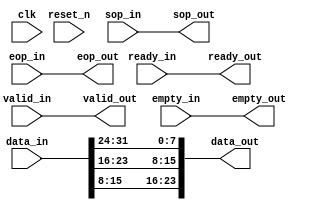
// (C) 2001-2015 Altera Corporation. All rights reserved.
// Your use of Altera Corporation's design tools, logic functions and other 
// software and tools, and its AMPP partner logic functions, and any output 
// files any of the foregoing (including device programming or simulation 
// files), and any associated documentation or information are expressly subject 
// to the terms and conditions of the Altera Program License Subscription 
// Agreement, Altera MegaCore Function License Agreement, or other applicable 
// license agreement, including, without limitation, that your use is for the 
// sole purpose of programming logic devices manufactured by Altera and sold by 
// Altera or its authorized distributors.  Please refer to the applicable 
// agreement for further details.



// Do NOT use this file in any product.
// ***********************************
// This file is NOT Suitable for use in any product.
// No part of this file is Suitable for use in any product.

// This file is only provided for you to read because there is some possibility that 
// it may improve your understanding of the Cyclone 5 starter kit.

// This file is provided on CONDITION that the authors shall NOT be liable for the 
// consequences of your use of any part of it.
// Do NOT use this file in any product.
// If you do not agree then delete all copies of this file in your possession.
// ALL copies or Modified copies of this file MUST contain these warnings & conditions.


// Do NOT use this file in any product.
// ***********************************



////////////////////////////////////////////////////////////////
//
// Video Pixel Converter
//     (Pixel_Conv.v)
//
// THIS is a Special YCbCr Version of the original Pixel Converter by wwkong
//
//
// OVERVIEW
//     This core converts 32-bit data in the format of Cb-Y-Cr-0 to 24-bit data
//     of format Cr-Y-Cb by discarding the Least Significant Byte (LSB)
//     AND
//     SWAPPING the RED & BLUE Bytes
//
// DEPLOYMENT
//     This core is implemented as an SOPC Builder component with a
//     single Avalon-ST data-sink (input) and Avalon-ST data-source
//     (output) signals. An associated TCL Metadata file declares this
//     core and  its interfaces for use in an SOPC Builder system.
//                           
////////////////////////////////////////////////////////////////

module Pixel_Conv
(
  // Global Signals
  clk,
  reset_n,

  // Avalon ST sink
  ready_out,
  valid_in,
  data_in,
  sop_in,
  eop_in,
  empty_in,

  // Avalon ST source
  ready_in,
  valid_out,
  data_out,
  sop_out,
  eop_out,
  empty_out
);

  parameter	SOURCE_SYMBOLS_PER_BEAT = 3;
  localparam 	SOURCE_EMPTY_WIDTH = (log2(SOURCE_SYMBOLS_PER_BEAT));
  // Global Signals
  input			clk;
  input 		reset_n;
  

  // Avalon ST sink
  output 		ready_out;
  input 		valid_in;
  input [31:0]	data_in;
  input 		sop_in;
  input 		eop_in;
  input [1:0]   empty_in;

  // Avalon ST source
  input 		ready_in;
  output 		valid_out;
  output [23:0]	data_out;
  output 		sop_out;
  output 		eop_out;
  output [(SOURCE_EMPTY_WIDTH - 1):0]	empty_out;

  function integer log2;
   	input [31:0]        value;
	for (log2=0; value>0; log2=log2+1)
		value = value>>1;
  endfunction

  assign ready_out = ready_in;
  assign valid_out = valid_in;
  assign sop_out = sop_in;
  assign eop_out = eop_in;
  assign empty_out = empty_in;

  assign data_out[23:16] = data_in[15:8];
  assign data_out[15:8]  = data_in[23:16];
  assign data_out[7:0]   = data_in[31:24];

endmodule


// synthesis translate_off
// Testbench for the Pixel_Conv

module test_Pixel_Conv;
   integer      result;
   
   reg          clk;
   reg          reset_n;
   
   reg [31:0]   data_in;
   reg          valid_in;
   reg          sop_in;
   reg          eop_in;
   reg [1:0]    empty_in;
   reg          ready_in;
   
   wire [23:0]  data_out;
   wire         valid_out;
   wire         sop_out;
   wire         eop_out;
   wire [1:0]   empty_out;
   wire         ready_out;
   
   /* The DUT */
   Pixel_Conv dut (
     // Global Signals
     .clk(clk),
     .reset_n(reset_n),
   
     // Avalon ST sink
     .ready_out(ready_out),
     .valid_in(valid_in),
     .data_in(data_in),
     .sop_in(sop_in),
     .eop_in(eop_in),
     .empty_in(empty_in),

     // Avalon ST source
     .ready_in(ready_in),
     .valid_out(valid_out),
     .data_out(data_out),
     .sop_out(sop_out),
     .eop_out(eop_out),
     .empty_out(empty_out)
   );
   
   
   
   /* Clock Generator */
   always 
   begin
      clk <= 1'b1 ; 
      #10; 
      clk <= 1'b0 ; 
      #10;
   end
   
   
      
   initial
   begin
      result <= 1;
		
		/* Reset the system */
		reset_n <= 0;
		@(negedge clk);
		reset_n <= 1;
		
		/* Testing Valid Signal */
		$display("\n### Testing Valid Signal ... ###\n");
		data_in  <= 32'h0;
      valid_in <= 1'h1;
      sop_in   <= 1'h0;
      eop_in   <= 1'h0;
      empty_in <= 2'h0;
      ready_in <= 1'h0;
      #1;
		if (data_out  == 24'h0 &&
          valid_out == 1'h1 &&
          sop_out   == 1'h0 &&
          eop_out   == 1'h0 &&
          empty_out == 2'h0 &&
          ready_out == 1'h0)
		begin
			$display("---Passed");
		end
		else
		begin
			$display("---Failed");
			result <= 0;
		end
		
		
		
		/* Testing SOP Signal */
		$display("\n### Testing SOP Signal ... ###\n");
		data_in  <= 32'h0;
      valid_in <= 1'h0;
      sop_in   <= 1'h1;
      eop_in   <= 1'h0;
      empty_in <= 2'h0;
      ready_in <= 1'h0;
      #1;
		if (data_out  == 24'h0 &&
          valid_out == 1'h0 &&
          sop_out   == 1'h1 &&
          eop_out   == 1'h0 &&
          empty_out == 2'h0 &&
          ready_out == 1'h0)
		begin
			$display("---Passed");
		end
		else
		begin
			$display("---Failed");
			result <= 0;
		end
		
		
		
		/* Testing EOP Signal */
		$display("\n### Testing EOP Signal ... ###\n");
		data_in  <= 32'h0;
      valid_in <= 1'h0;
      sop_in   <= 1'h0;
      eop_in   <= 1'h1;
      empty_in <= 2'h0;
      ready_in <= 1'h0;
      #1;
		if (data_out  == 24'h0 &&
          valid_out == 1'h0 &&
          sop_out   == 1'h0 &&
          eop_out   == 1'h1 &&
          empty_out == 2'h0 &&
          ready_out == 1'h0)
		begin
			$display("---Passed");
		end
		else
		begin
			$display("---Failed");
			result <= 0;
		end
		
		
		
		/* Testing Ready Signal */
		$display("\n### Testing Ready Signal ... ###\n");
		data_in  <= 32'h0;
      valid_in <= 1'h0;
      sop_in   <= 1'h0;
      eop_in   <= 1'h0;
      empty_in <= 2'h0;
      ready_in <= 1'h1;
      #1;
		if (data_out  == 24'h0 &&
          valid_out == 1'h0 &&
          sop_out   == 1'h0 &&
          eop_out   == 1'h0 &&
          empty_out == 2'h0 &&
          ready_out == 1'h1)
		begin
			$display("---Passed");
		end
		else
		begin
			$display("---Failed");
			result <= 0;
		end
		
		
		
		/* Testing Data Signal */
		$display("\n### Testing Data Signal ... ###\n");
		data_in  <= 32'h11223344;
      valid_in <= 1'h0;
      sop_in   <= 1'h0;
      eop_in   <= 1'h0;
      empty_in <= 2'h0;
      ready_in <= 1'h0;
      #1;
		if (data_out  == 24'h112233 &&
          valid_out == 1'h0 &&
          sop_out   == 1'h0 &&
          eop_out   == 1'h0 &&
          empty_out == 2'h0 &&
          ready_out == 1'h0)
		begin
			$display("---Passed");
		end
		else
		begin
			$display("---Failed");
			result <= 0;
		end
		
		
		
		/* Display overall result */
		#1;
		if (result == 1)
		begin
			$display("\n\n------ Simulation Passed ------\n\n");
		end
		else
		begin
			$display("\n\n------ Simulation Failed ------\n\n");
		end
		
		
		$stop;
		
       
   end
   
   

endmodule

// synthesis translate_on